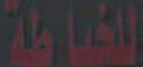
للخياطة